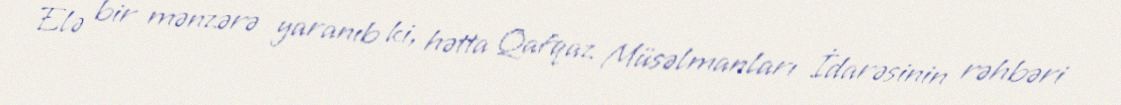
Elə bir mənzərə yaranıb ki, hətta Qafqaz Müsəlmanları İdarəsinin rəhbəri